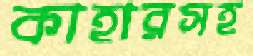
কাহারসহ